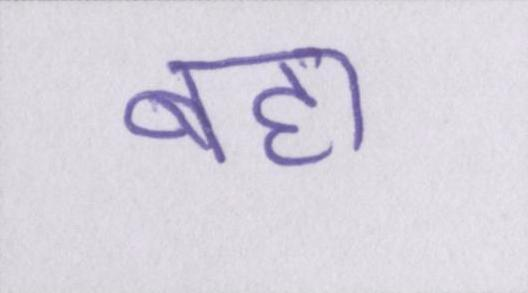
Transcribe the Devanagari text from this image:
बहा